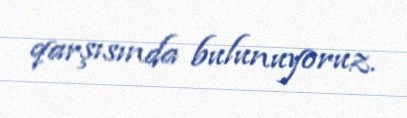
qarşısında bulunuyoruz.